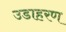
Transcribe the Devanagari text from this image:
उडाहरण